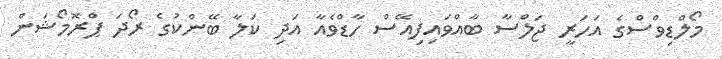
މޯލްޑިވްސްގެ އަހަރީ ޖަލްސާ ބާއްވައިފިއޭސް ހާޑްވެއާ އަދި ކަލާ ބޭންކުގެ ރޯދަ ޕްރޮމޯޝަން